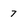
Character: 7